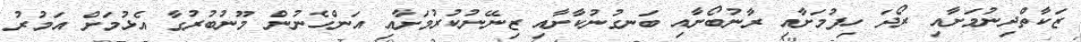
ޒަކާތްދިނުމަށާއި ރޯދަ ހިފުމަށާއި ރާނުބޯށާއި ބަނގުނުކާށާއި ޒިނޭނުކުރުމަށާއި އަންހެނުން މޫނުބުރުގާ އެޅުމަށް އަމުރު